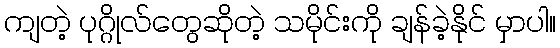
ကျတဲ့ ပုဂ္ဂိုလ်တွေဆိုတဲ့ သမိုင်းကို ချန်ခဲ့နိုင် မှာပါ။